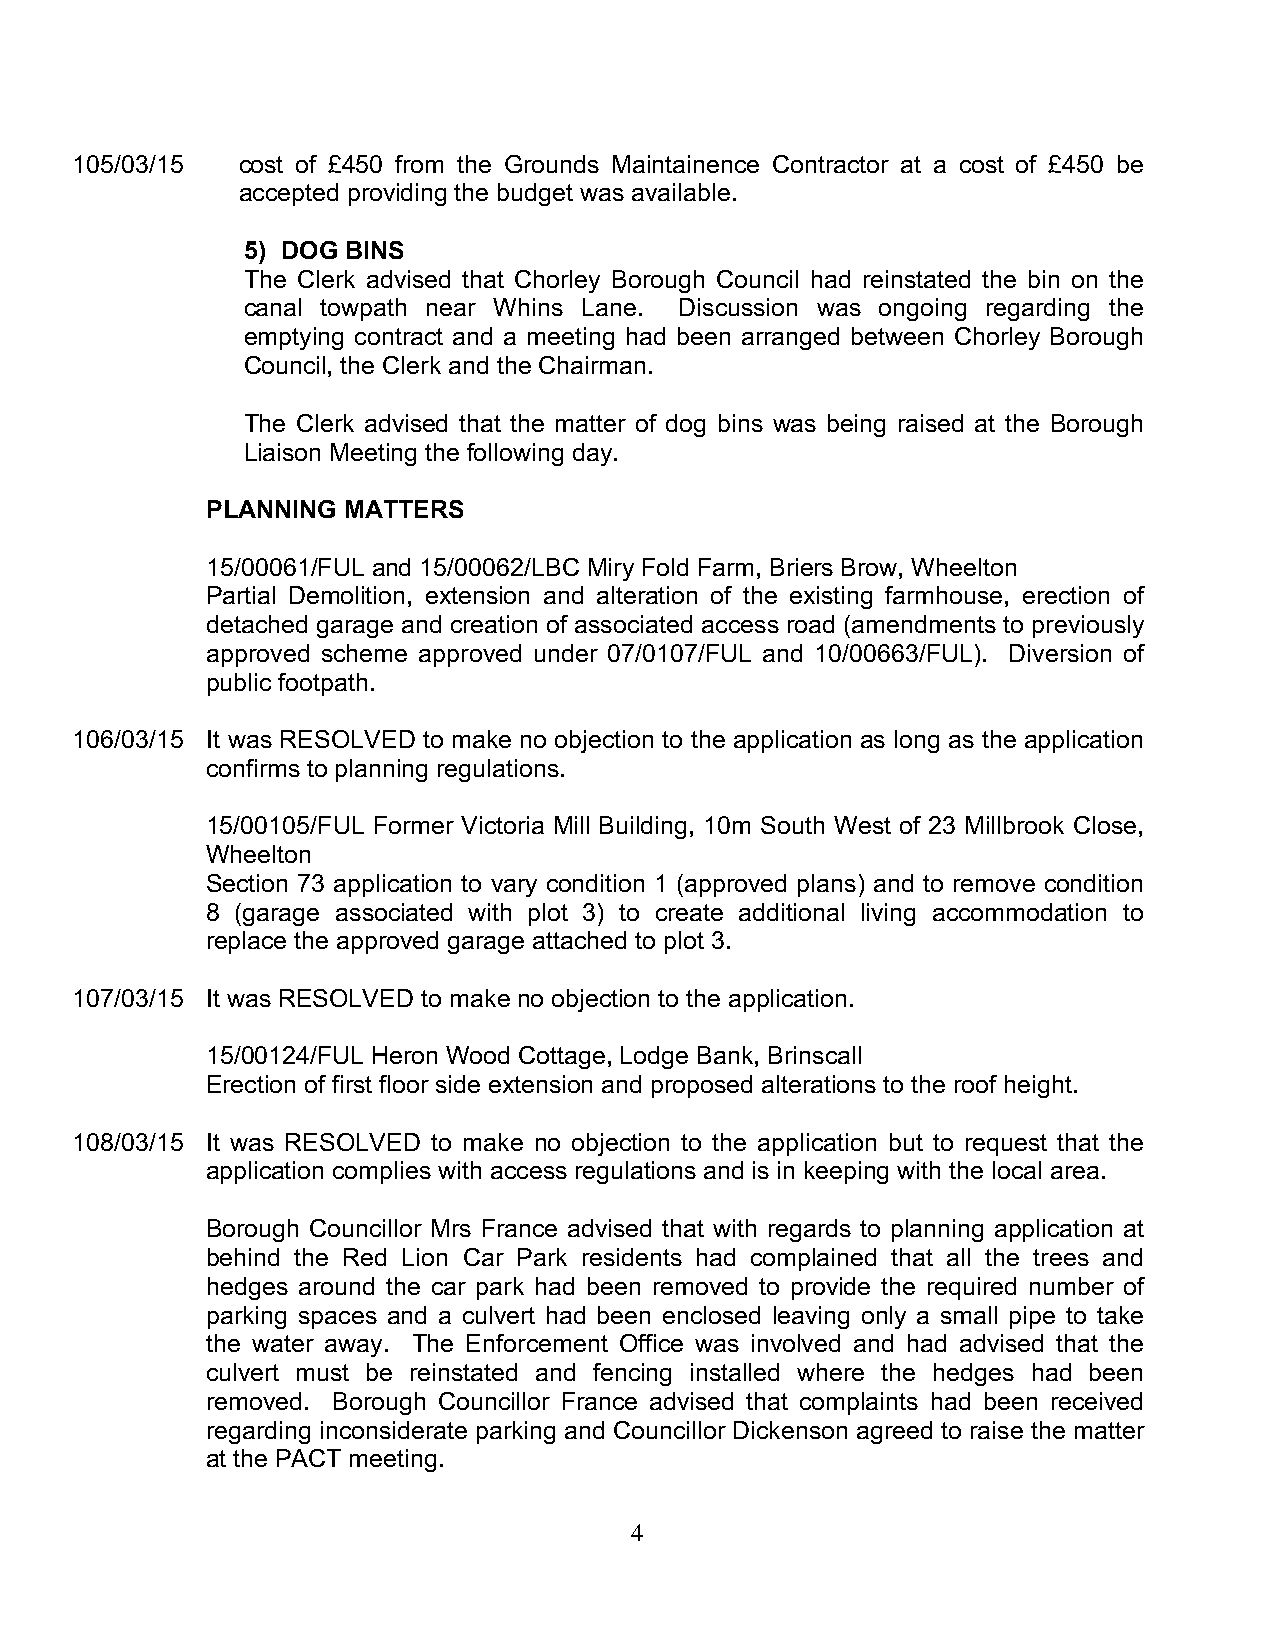
105/03/15  cost of £450 from the Grounds Maintainence Contractor at a cost of £450 be
 accepted providing the budget was available.
 5) DOG BINS
 The Clerk advised that Chorley Borough Council had reinstated the bin on the
 canal towpath near Whins Lane. Discussion was ongoing regarding the
 emptying contract and a meeting had been arranged between Chorley Borough
 Council, the Clerk and the Chairman.
 The Clerk advised that the matter of dog bins was being raised at the Borough
 Liaison Meeting the following day.
 PLANNING MATTERS
 15/00061/FUL and 15/00062/LBC Miry Fold Farm, Briers Brow, Wheelton
 Partial Demolition, extension and alteration of the existing farmhouse, erection of
 detached garage and creation of associated access road (amendments to previously
 approved scheme approved under 07/0107/FUL and 10/00663/FUL). Diversion of
 public footpath.
 106/03/15 It was RESOLVED to make no objection to the application as long as the application
 confirms to planning regulations.
 15/00105/FUL Former Victoria Mill Building, 10m South West of 23 Millbrook Close,
 Wheelton
 Section 73 application to vary condition 1 (approved plans) and to remove condition
 8 (garage associated with plot 3) to create additional living accommodation to
 replace the approved garage attached to plot 3.
 107/03/15 It was RESOLVED to make no objection to the application.
 15/00124/FUL Heron Wood Cottage, Lodge Bank, Brinscall
 Erection of first floor side extension and proposed alterations to the roof height.
 108/03/15 It was RESOLVED to make no objection to the application but to request that the
 application complies with access regulations and is in keeping with the local area.
 Borough Councillor Mrs France advised that with regards to planning application at
 behind the Red Lion Car Park residents had complained that all the trees and
 hedges around the car park had been removed to provide the required number of
 parking spaces and a culvert had been enclosed leaving only a small pipe to take
 the water away. The Enforcement Office was involved and had advised that the
 culvert must be reinstated and fencing installed where the hedges had been
 removed. Borough Councillor France advised that complaints had been received
 regarding inconsiderate parking and Councillor Dickenson agreed to raise the matter
 at the PACT meeting.
 4